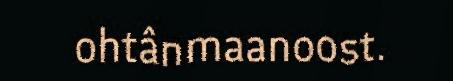
ohtânmaanoost.